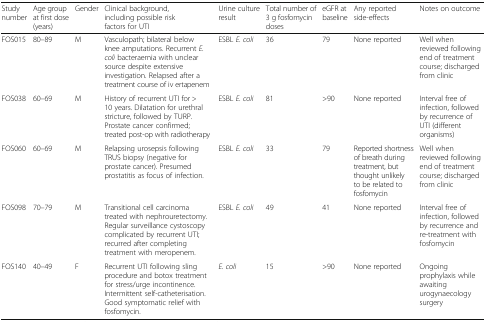
<table><thead><tr><td><b>Study number</b></td><td><b>Age group at first dose (years)</b></td><td><b>Gender</b></td><td><b>Clinical background, including possible risk factors for UTI</b></td><td><b>Urine culture result</b></td><td><b>Total number of 3 g fosfomycin doses</b></td><td><b>eGFR at baseline</b></td><td><b>Any reported side-effects</b></td><td><b>Notes on outcome</b></td></tr></thead><tbody><tr><td>FOS015</td><td>80–89</td><td>M</td><td>Vasculopath; bilateral below knee amputations. Recurrent <i>E. coli</i> bacteraemia with unclear source despite extensive investigation. Relapsed after a treatment course of iv ertapenem</td><td>ESBL <i>E. coli</i></td><td>36</td><td>79</td><td>None reported</td><td>Well when reviewed following end of treatment course; discharged from clinic</td></tr><tr><td>FOS038</td><td>60–69</td><td>M</td><td>History of recurrent UTI for &gt; 10 years. Dilatation for urethral stricture, followed by TURP. Prostate cancer confirmed; treated post-op with radiotherapy</td><td>ESBL <i>E. coli</i></td><td>81</td><td>&gt;90</td><td>None reported</td><td>Interval free of infection, followed by recurrence of UTI (different organisms)</td></tr><tr><td>FOS060</td><td>60–69</td><td>M</td><td>Relapsing urosepsis following TRUS biopsy (negative for prostate cancer). Presumed prostatitis as focus of infection.</td><td>ESBL <i>E. coli</i></td><td>33</td><td>79</td><td>Reported shortness of breath during treatment, but thought unlikely to be related to fosfomycin</td><td>Well when reviewed following end of treatment course; discharged from clinic</td></tr><tr><td>FOS098</td><td>70–79</td><td>M</td><td>Transitional cell carcinoma treated with nephrouretectomy. Regular surveillance cystoscopy complicated by recurrent UTI; recurred after completing treatment with meropenem.</td><td>ESBL <i>E. coli</i></td><td>49</td><td>41</td><td>None reported</td><td>Interval free of infection, followed by recurrence and re-treatment with fosfomycin</td></tr><tr><td>FOS140</td><td>40–49</td><td>F</td><td>Recurrent UTI following sling procedure and botox treatment for stress/urge incontinence. Intermittent self-catheterisation. Good symptomatic relief with fosfomycin.</td><td><i>E. coli</i></td><td>15</td><td>&gt;90</td><td>None reported</td><td>Ongoing prophylaxis while awaiting urogynaecology surgery</td></tr></tbody></table>